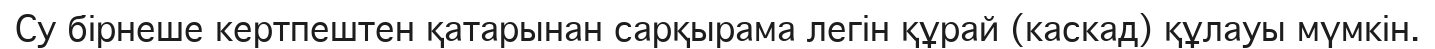
Су бірнеше кертпештен қатарынан сарқырама легін құрай (каскад) құлауы мүмкін.